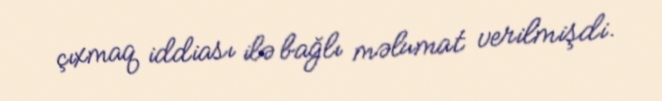
çıxmaq iddiası ilə bağlı məlumat verilmişdi.